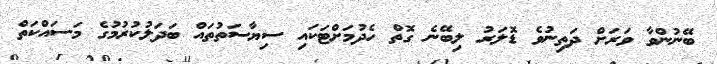
ބޭނުންވާ ވަރަށް ދަތިނުވެ ޑޮލަރު ލިބޭނެ ގޮތް ހެދުމަށްޓަކައި ސިޔާސަތުތައް ބަދަލުކުރުމުގެ މަސައްކަތް